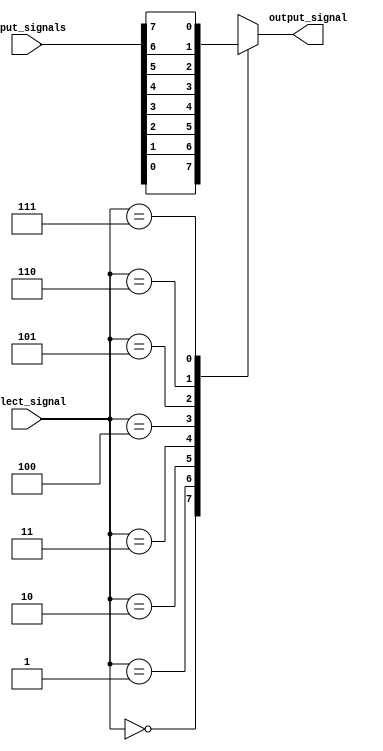
module mux_8to1 (
    input [7:0] input_signals,
    input [2:0] select_signal,
    output reg output_signal
);

always @(*) begin
    case (select_signal)
        3'b000: output_signal = input_signals[0];
        3'b001: output_signal = input_signals[1];
        3'b010: output_signal = input_signals[2];
        3'b011: output_signal = input_signals[3];
        3'b100: output_signal = input_signals[4];
        3'b101: output_signal = input_signals[5];
        3'b110: output_signal = input_signals[6];
        3'b111: output_signal = input_signals[7];
        default: output_signal = 0; // default case, output 0 if select_signal is invalid
    endcase
end

endmodule